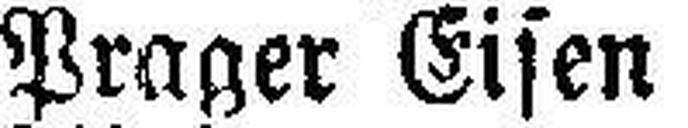
Prager Eisen